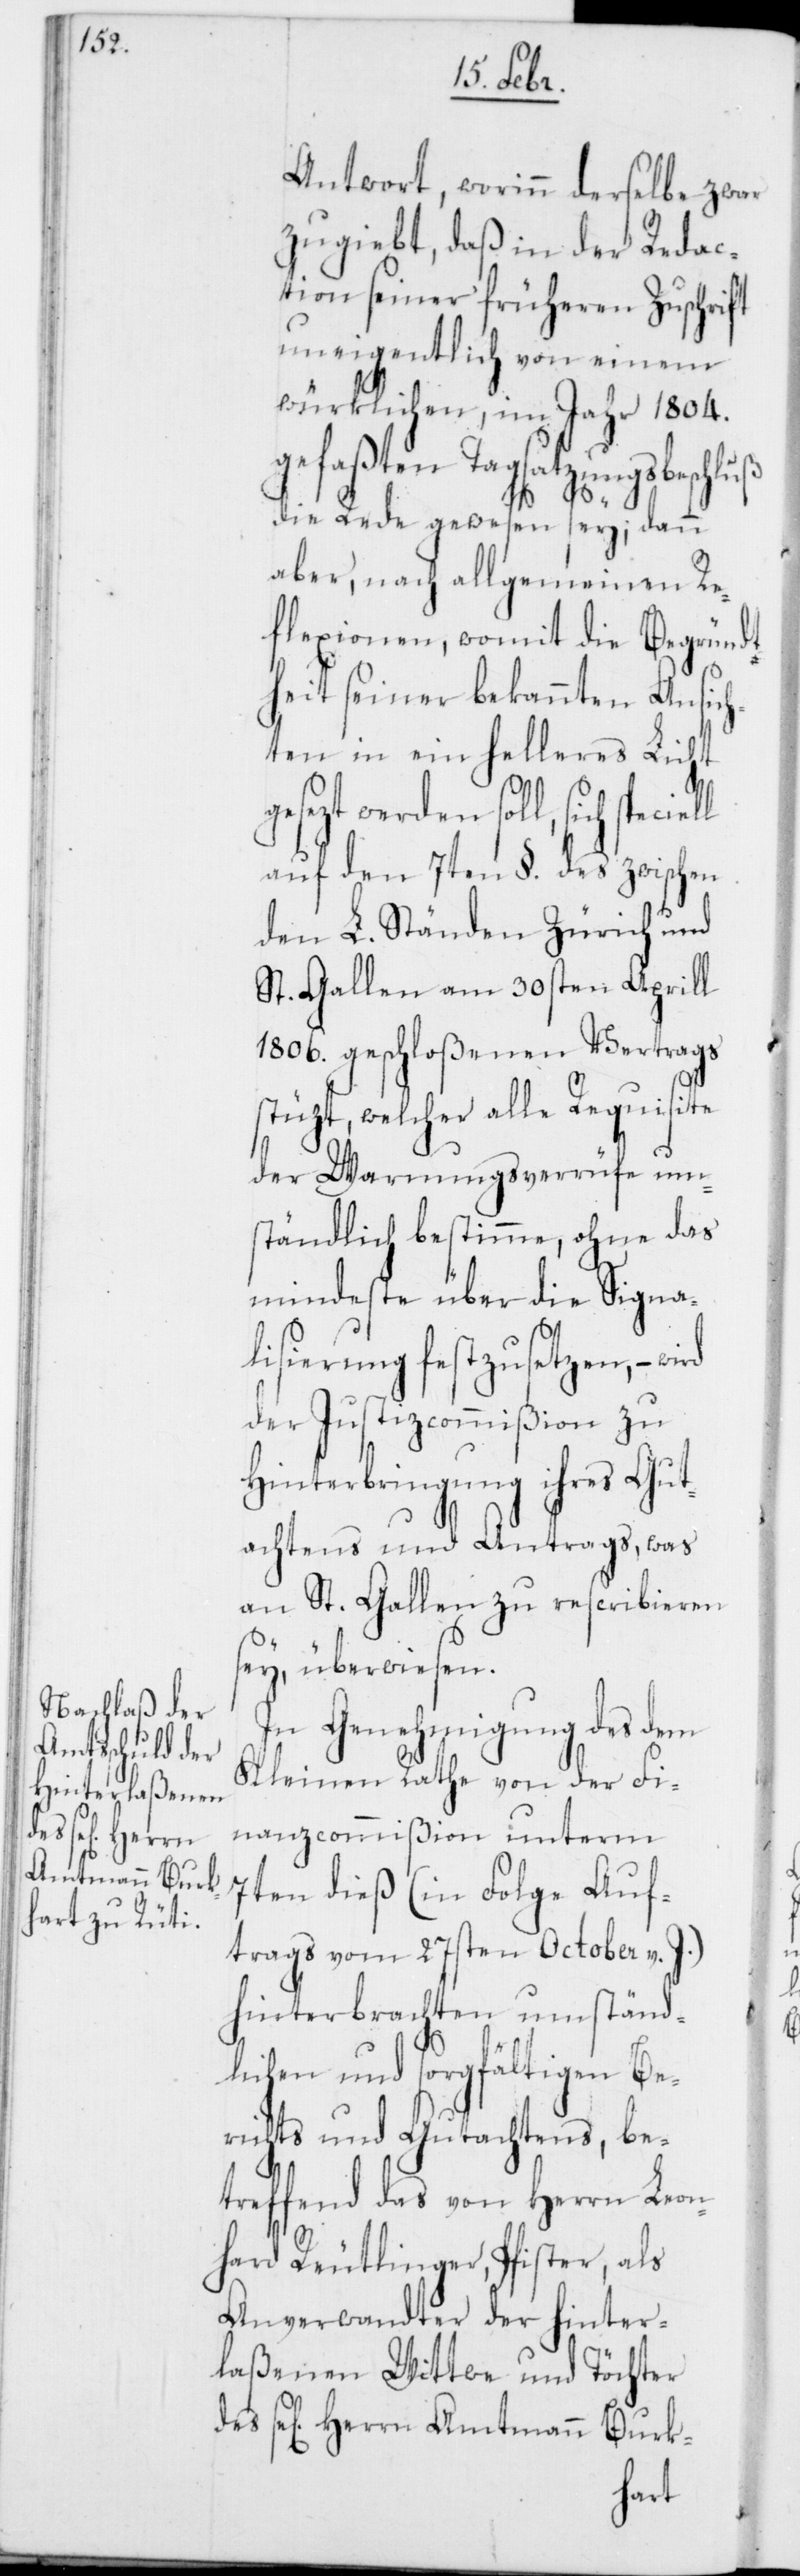
Amtmann Burk-

Antwort, worinn derselbe zwar
zugiebt, daß in der Redac¬
tion seiner früheren Zuschrift
uneigentlich von einem
würklichen, im Jahr 1804.
gefaßten Tagsatzungsbeschluß
des
die Rede gewesen sey; dann
aber, nach allgemeinen Re¬
flexionen, womit die Begründt¬
heit seiner bekannten Ansic¬
hten in ein helleres Licht
gesezt werden soll, sich
auf den 7ten §. des zwischen
den L. Ständen Zürich und
St. Gallen am 30sten Aprill
1806. geschloßenen Vertrags
stüzt, welcher alle Requisite
der Warnungsverrüfe um¬
ständlich bestimme, ohne das
mindeste über die Signa¬
lisierung festzusetzen, – wird
der Justizcommißion zu
Hinterbringung ihres Gut¬
achtens und Antrags, was
an St. Gallen zu rescribieren
ey, überwiesen.
In Genehmigung des dem
Kleinen Rathe von der Fi¬
nanzcommißion unterm
7ten dieß (in Folge Auf¬
trags vom 27sten October v. J.)
hinterbrachten umständ¬
lichen und sorgfältigen Be¬
richts und Gutachtens, be¬
treffend das von Herrn Leon¬
hard Reutlinger, Pfister, als
Anverwandter der hinter¬
laßenen Wittwe und Töchter